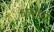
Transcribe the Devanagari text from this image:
धारायं